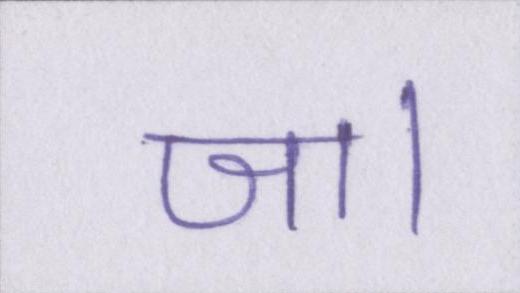
जा।